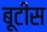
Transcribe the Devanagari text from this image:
बूटीस